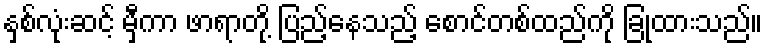
နှစ်လုံးဆင့် မှီကာ ဖာရာတို့ ပြည့်နေသည့် စောင်တစ်ထည်ကို ခြုံထားသည်။